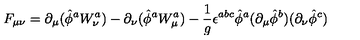
F _ { \mu \nu } = \partial _ { \mu } ( \hat { \phi } ^ { a } W _ { \nu } ^ { a } ) - \partial _ { \nu } ( \hat { \phi } ^ { a } W _ { \mu } ^ { a } ) - { \frac { 1 } { g } } \epsilon ^ { a b c } \hat { \phi } ^ { a } ( \partial _ { \mu } \hat { \phi } ^ { b } ) ( \partial _ { \nu } \hat { \phi } ^ { c } )